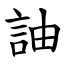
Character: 䛆